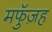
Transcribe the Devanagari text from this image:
मफुॅज़ह